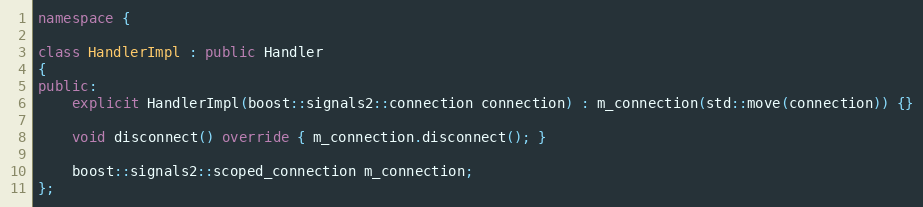
Language: C++
namespace {

class HandlerImpl : public Handler
{
public:
    explicit HandlerImpl(boost::signals2::connection connection) : m_connection(std::move(connection)) {}

    void disconnect() override { m_connection.disconnect(); }

    boost::signals2::scoped_connection m_connection;
};